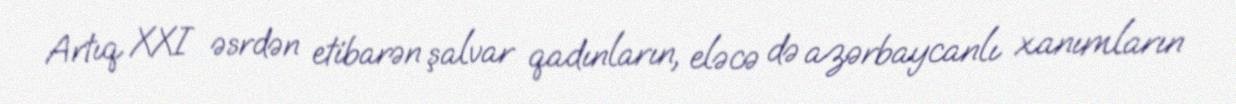
Artıq XXI əsrdən etibarən şalvar qadınların, eləcə də azərbaycanlı xanımların